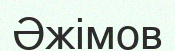
Әжімов